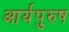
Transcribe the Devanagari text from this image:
आर्यपुरुष